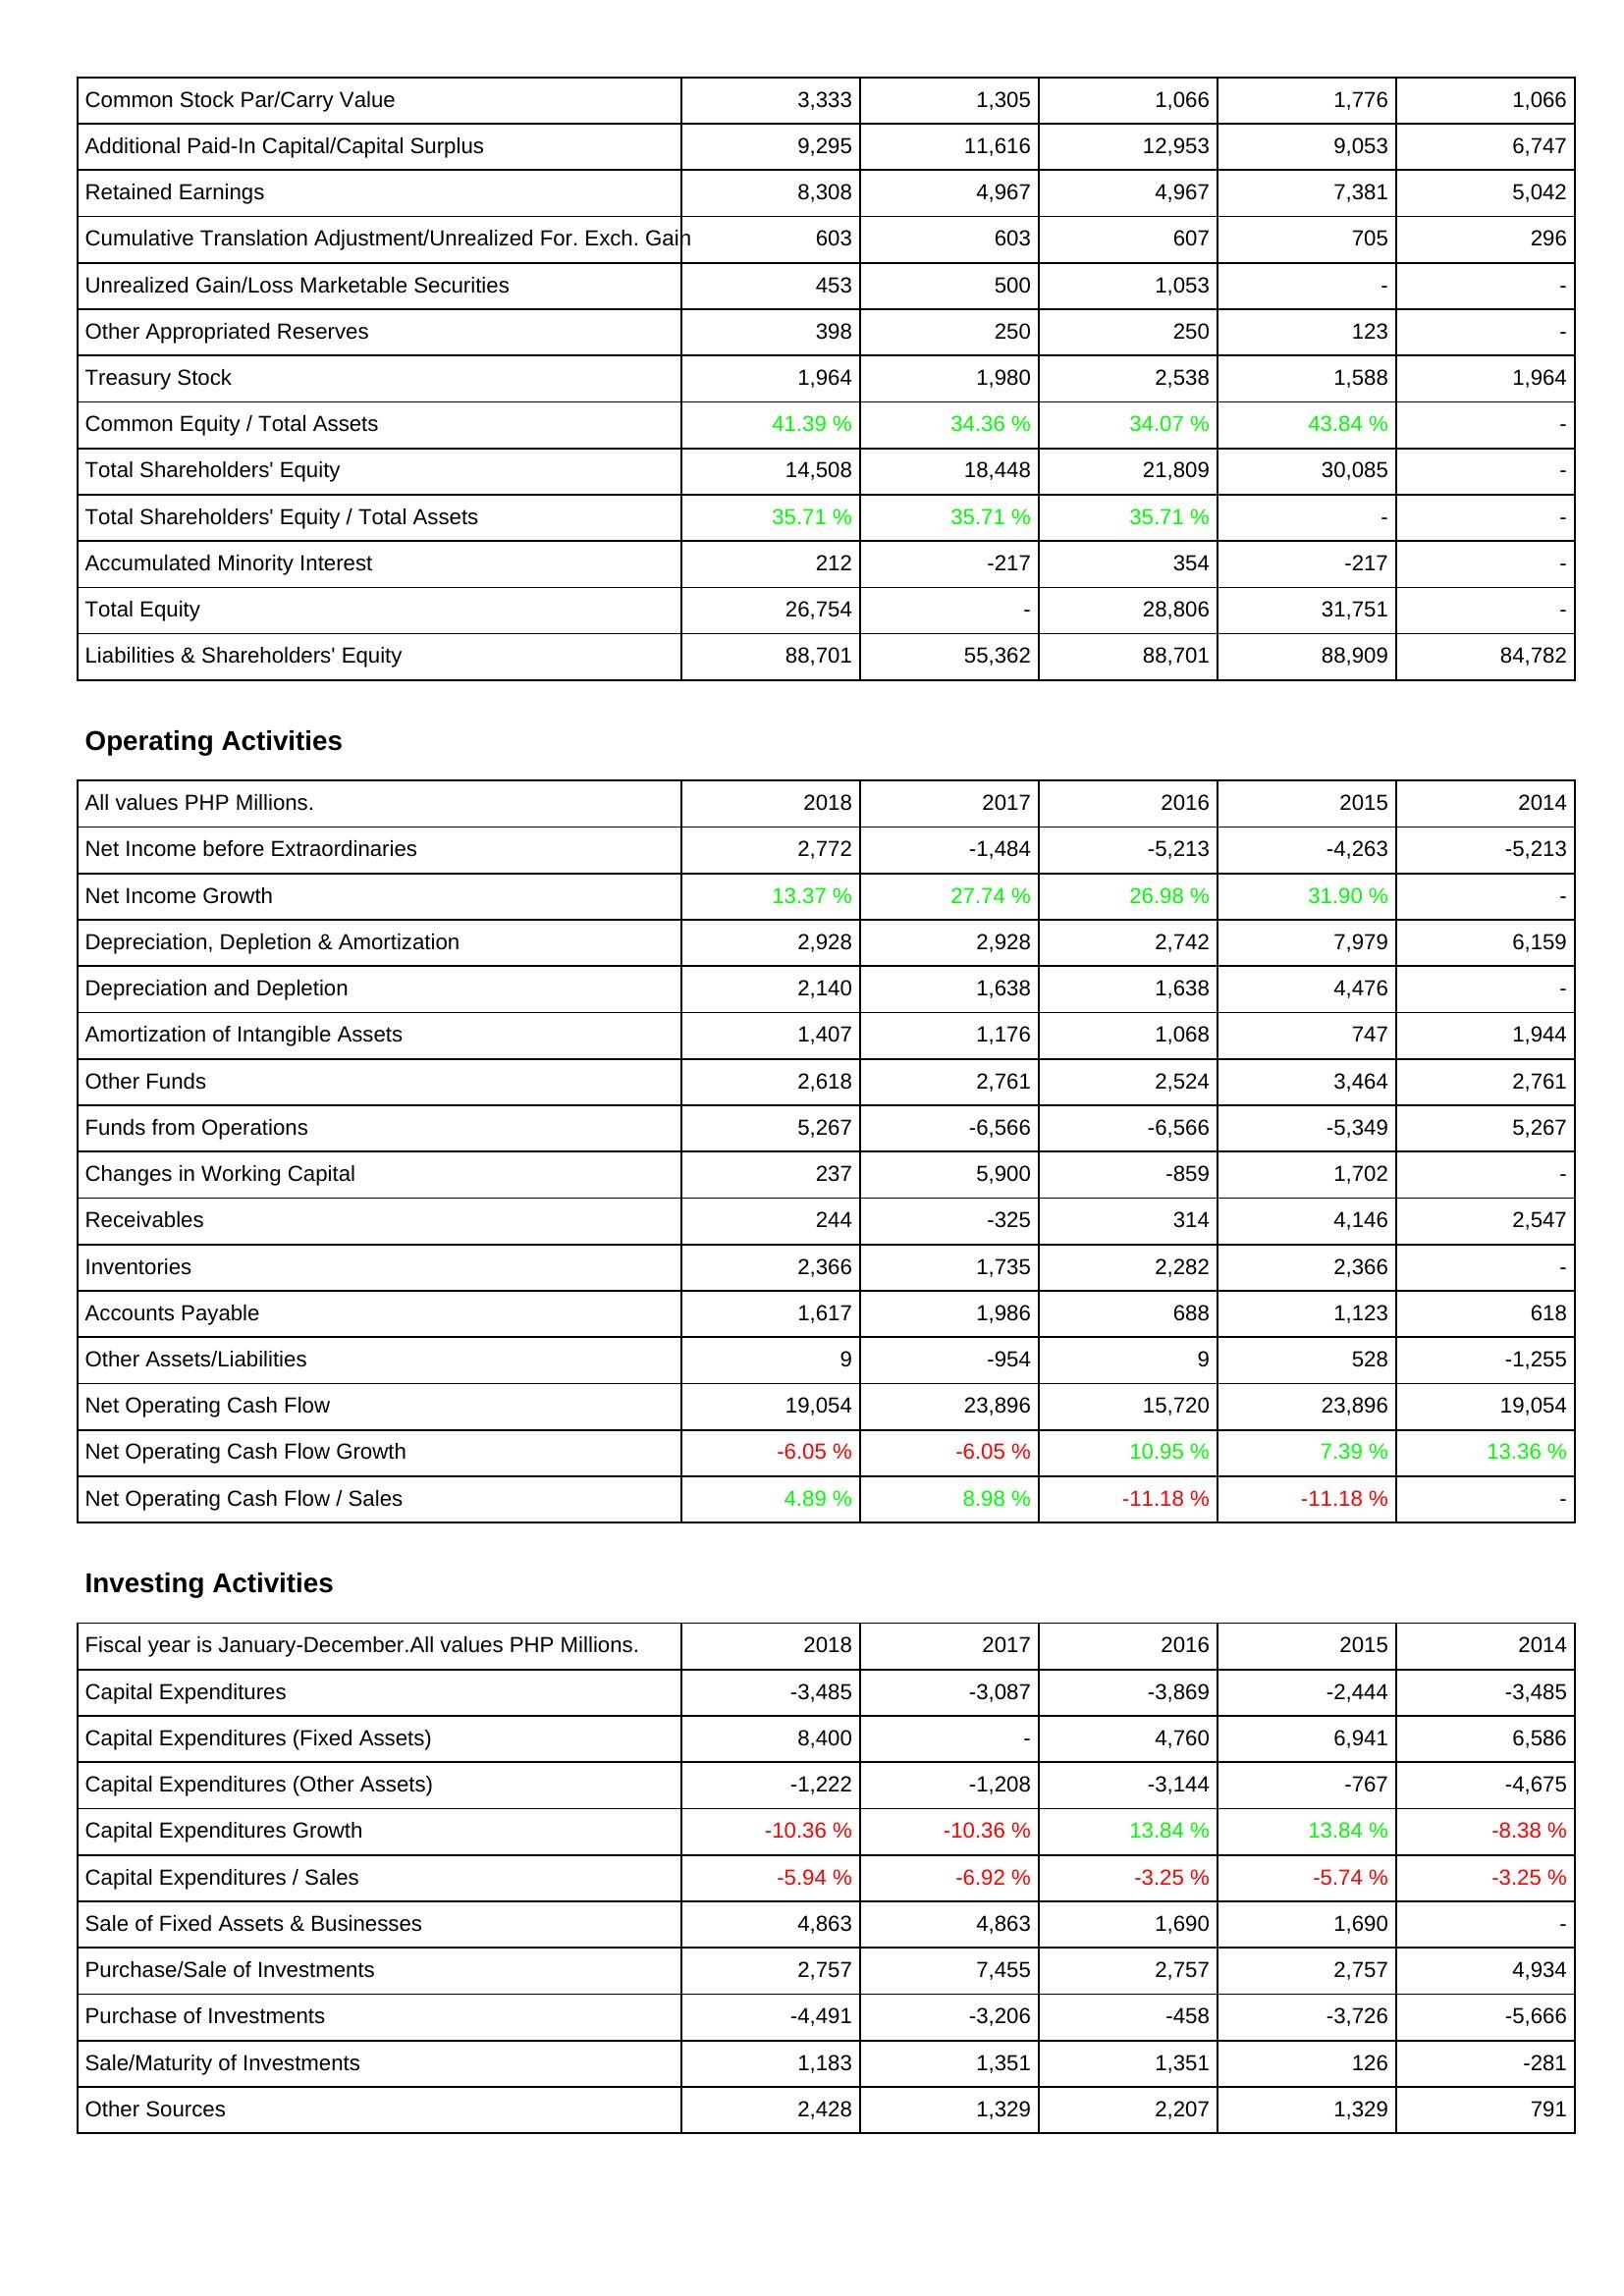
2018: Liabilities & Shareholders' Equity: Common Stock Par/Carry Value: 3,333
Additional Paid-In Capital/Capital Surplus: 9,295
Retained Earnings: 8,308
Cumulative Translation Adjustment/Unrealized For. Exch. Gain: 603
Unrealized Gain/Loss Marketable Securities: 453
Other Appropriated Reserves: 398
Treasury Stock: 1,964
Common Equity / Total Assets: 41.39 %
Total Shareholders' Equity: 14,508
Total Shareholders' Equity / Total Assets: 35.71 %
Accumulated Minority Interest: 212
Total Equity: 26,754
Liabilities & Shareholders' Equity: 88,701
Operating Activities: Net Income before Extraordinaries: 2,772
Net Income Growth: 13.37 %
Depreciation, Depletion & Amortization: 2,928
Depreciation and Depletion: 2,140
Amortization of Intangible Assets: 1,407
Other Funds: 2,618
Funds from Operations: 5,267
Changes in Working Capital: 237
Receivables: 244
Inventories: 2,366
Accounts Payable: 1,617
Other Assets/Liabilities: 9
Net Operating Cash Flow: 19,054
Net Operating Cash Flow Growth: -6.05 %
Net Operating Cash Flow / Sales: 4.89 %
Investing Activities: Capital Expenditures: -3,485
Capital Expenditures (Fixed Assets): 8,400
Capital Expenditures (Other Assets): -1,222
Capital Expenditures Growth: -10.36 %
Capital Expenditures / Sales: -5.94 %
Sale of Fixed Assets & Businesses: 4,863
Purchase/Sale of Investments: 2,757
Purchase of Investments: -4,491
Sale/Maturity of Investments: 1,183
Other Sources: 2,428
2017: Liabilities & Shareholders' Equity: Common Stock Par/Carry Value: 1,305
Additional Paid-In Capital/Capital Surplus: 11,616
Retained Earnings: 4,967
Cumulative Translation Adjustment/Unrealized For. Exch. Gain: 603
Unrealized Gain/Loss Marketable Securities: 500
Other Appropriated Reserves: 250
Treasury Stock: 1,980
Common Equity / Total Assets: 34.36 %
Total Shareholders' Equity: 18,448
Total Shareholders' Equity / Total Assets: 35.71 %
Accumulated Minority Interest: -217
Total Equity: -
Liabilities & Shareholders' Equity: 55,362
Operating Activities: Net Income before Extraordinaries: -1,484
Net Income Growth: 27.74 %
Depreciation, Depletion & Amortization: 2,928
Depreciation and Depletion: 1,638
Amortization of Intangible Assets: 1,176
Other Funds: 2,761
Funds from Operations: -6,566
Changes in Working Capital: 5,900
Receivables: -325
Inventories: 1,735
Accounts Payable: 1,986
Other Assets/Liabilities: -954
Net Operating Cash Flow: 23,896
Net Operating Cash Flow Growth: -6.05 %
Net Operating Cash Flow / Sales: 8.98 %
Investing Activities: Capital Expenditures: -3,087
Capital Expenditures (Fixed Assets): -
Capital Expenditures (Other Assets): -1,208
Capital Expenditures Growth: -10.36 %
Capital Expenditures / Sales: -6.92 %
Sale of Fixed Assets & Businesses: 4,863
Purchase/Sale of Investments: 7,455
Purchase of Investments: -3,206
Sale/Maturity of Investments: 1,351
Other Sources: 1,329
2016: Liabilities & Shareholders' Equity: Common Stock Par/Carry Value: 1,066
Additional Paid-In Capital/Capital Surplus: 12,953
Retained Earnings: 4,967
Cumulative Translation Adjustment/Unrealized For. Exch. Gain: 607
Unrealized Gain/Loss Marketable Securities: 1,053
Other Appropriated Reserves: 250
Treasury Stock: 2,538
Common Equity / Total Assets: 34.07 %
Total Shareholders' Equity: 21,809
Total Shareholders' Equity / Total Assets: 35.71 %
Accumulated Minority Interest: 354
Total Equity: 28,806
Liabilities & Shareholders' Equity: 88,701
Operating Activities: Net Income before Extraordinaries: -5,213
Net Income Growth: 26.98 %
Depreciation, Depletion & Amortization: 2,742
Depreciation and Depletion: 1,638
Amortization of Intangible Assets: 1,068
Other Funds: 2,524
Funds from Operations: -6,566
Changes in Working Capital: -859
Receivables: 314
Inventories: 2,282
Accounts Payable: 688
Other Assets/Liabilities: 9
Net Operating Cash Flow: 15,720
Net Operating Cash Flow Growth: 10.95 %
Net Operating Cash Flow / Sales: -11.18 %
Investing Activities: Capital Expenditures: -3,869
Capital Expenditures (Fixed Assets): 4,760
Capital Expenditures (Other Assets): -3,144
Capital Expenditures Growth: 13.84 %
Capital Expenditures / Sales: -3.25 %
Sale of Fixed Assets & Businesses: 1,690
Purchase/Sale of Investments: 2,757
Purchase of Investments: -458
Sale/Maturity of Investments: 1,351
Other Sources: 2,207
2015: Liabilities & Shareholders' Equity: Common Stock Par/Carry Value: 1,776
Additional Paid-In Capital/Capital Surplus: 9,053
Retained Earnings: 7,381
Cumulative Translation Adjustment/Unrealized For. Exch. Gain: 705
Unrealized Gain/Loss Marketable Securities: -
Other Appropriated Reserves: 123
Treasury Stock: 1,588
Common Equity / Total Assets: 43.84 %
Total Shareholders' Equity: 30,085
Total Shareholders' Equity / Total Assets: -
Accumulated Minority Interest: -217
Total Equity: 31,751
Liabilities & Shareholders' Equity: 88,909
Operating Activities: Net Income before Extraordinaries: -4,263
Net Income Growth: 31.90 %
Depreciation, Depletion & Amortization: 7,979
Depreciation and Depletion: 4,476
Amortization of Intangible Assets: 747
Other Funds: 3,464
Funds from Operations: -5,349
Changes in Working Capital: 1,702
Receivables: 4,146
Inventories: 2,366
Accounts Payable: 1,123
Other Assets/Liabilities: 528
Net Operating Cash Flow: 23,896
Net Operating Cash Flow Growth: 7.39 %
Net Operating Cash Flow / Sales: -11.18 %
Investing Activities: Capital Expenditures: -2,444
Capital Expenditures (Fixed Assets): 6,941
Capital Expenditures (Other Assets): -767
Capital Expenditures Growth: 13.84 %
Capital Expenditures / Sales: -5.74 %
Sale of Fixed Assets & Businesses: 1,690
Purchase/Sale of Investments: 2,757
Purchase of Investments: -3,726
Sale/Maturity of Investments: 126
Other Sources: 1,329
2014: Liabilities & Shareholders' Equity: Common Stock Par/Carry Value: 1,066
Additional Paid-In Capital/Capital Surplus: 6,747
Retained Earnings: 5,042
Cumulative Translation Adjustment/Unrealized For. Exch. Gain: 296
Unrealized Gain/Loss Marketable Securities: -
Other Appropriated Reserves: -
Treasury Stock: 1,964
Common Equity / Total Assets: -
Total Shareholders' Equity: -
Total Shareholders' Equity / Total Assets: -
Accumulated Minority Interest: -
Total Equity: -
Liabilities & Shareholders' Equity: 84,782
Operating Activities: Net Income before Extraordinaries: -5,213
Net Income Growth: -
Depreciation, Depletion & Amortization: 6,159
Depreciation and Depletion: -
Amortization of Intangible Assets: 1,944
Other Funds: 2,761
Funds from Operations: 5,267
Changes in Working Capital: -
Receivables: 2,547
Inventories: -
Accounts Payable: 618
Other Assets/Liabilities: -1,255
Net Operating Cash Flow: 19,054
Net Operating Cash Flow Growth: 13.36 %
Net Operating Cash Flow / Sales: -
Investing Activities: Capital Expenditures: -3,485
Capital Expenditures (Fixed Assets): 6,586
Capital Expenditures (Other Assets): -4,675
Capital Expenditures Growth: -8.38 %
Capital Expenditures / Sales: -3.25 %
Sale of Fixed Assets & Businesses: -
Purchase/Sale of Investments: 4,934
Purchase of Investments: -5,666
Sale/Maturity of Investments: -281
Other Sources: 791